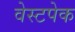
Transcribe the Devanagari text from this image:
वेस्टपेक